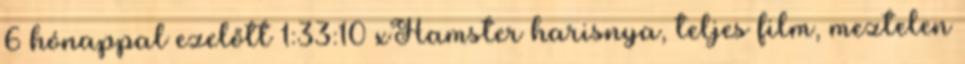
6 hónappal ezelőtt 1:33:10 xHamster harisnya, teljes film, meztelen